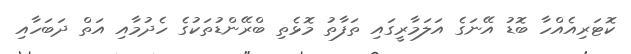
ކޮޓަރިއެއްހާ ބޮޑު އޭނަގެ އަލަމާރީގައި ތަފާތު މޮޅެތި ބްރޭންޑުތަކުގެ ހެދުމާއި އަތް ދަބަހާއި